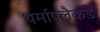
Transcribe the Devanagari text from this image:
थर्मापलैकडे